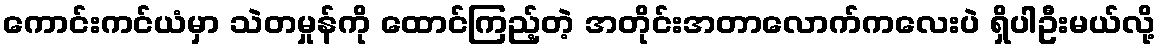
ကောင်းကင်ယံမှာ သဲတမှုန်ကို ထောင်ကြည့်တဲ့ အတိုင်းအတာလောက်ကလေးပဲ ရှိပါဦးမယ်လို့